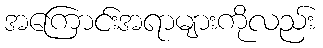
အကြောင်းအရာများကိုလည်း